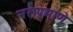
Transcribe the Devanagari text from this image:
नराप्रमाणे